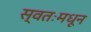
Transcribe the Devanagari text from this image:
स्वतःमधून